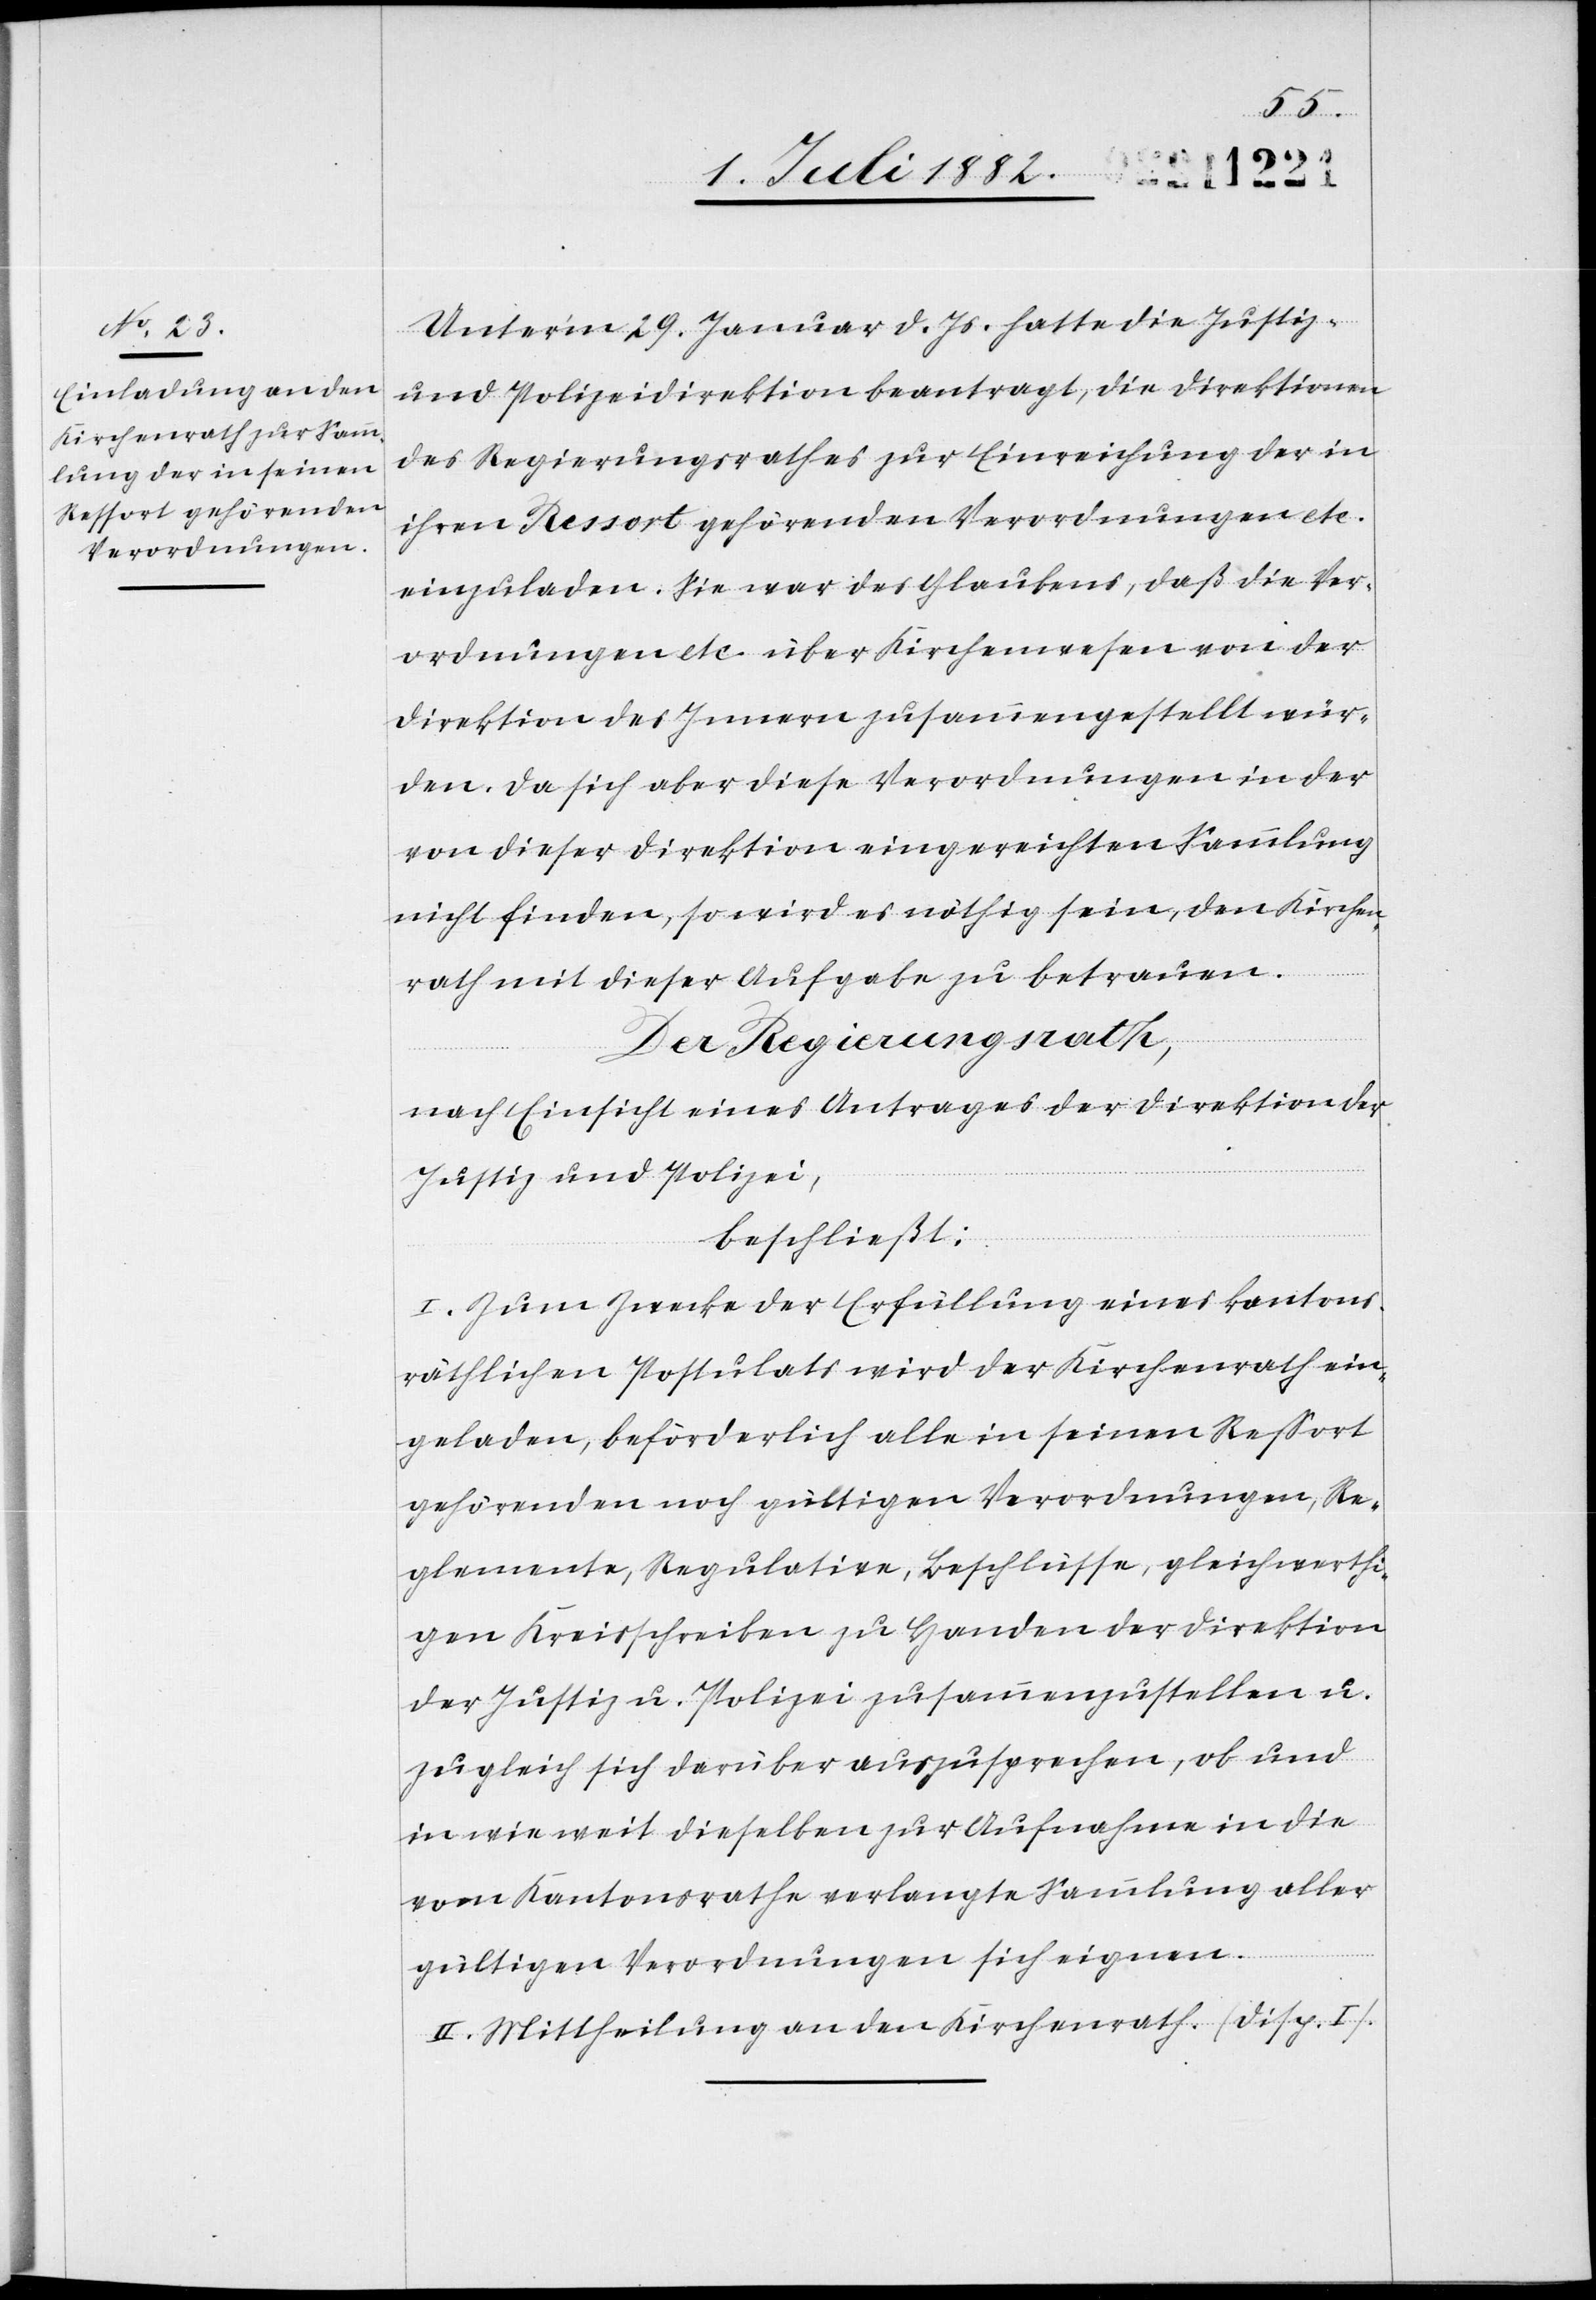
Unter’m 29. Januar d. Js. hatte die Justiz-
& Polizeidirektion beantragt, die Direktionen
des Regierungsrathes zur Einreichung der in
ihren Ressort gehörenden Verordnungen etc.
einzuladen. Sie war des Glaubens, daß die Ver¬
ordnungen etc. über Kirchenwesen von der
Direktion des Innern zusammengestellt wür¬
den. Da sich aber diese Verordnungen in der
von dieser Direktion eingereichten Sammlung
nicht finden, so wird es nöthig sein, den Kirchen¬
rath mit dieser Aufgabe zu betrauen.
Der Regierungsrath,
nach Einsicht eines Antrages der Direktion der
Justiz & Polizei,
beschließt:
I. Zum Zwecke der Erfüllung eines kantons¬
räthlichen Postulats wird der Kirchenrath ein¬
geladen, beförderlich alle in seinen Ressort
gehörenden noch gültigen Verordnungen, Re¬
glemente, Regulative, Beschlüsse, gleichwerthi¬
gen Kreisschreiben zu Handen der Direktion
der Justiz & Polizei zusammenzustellen u.
zugleich sich darüber auszusprechen, ob und
in wie weit dieselben zur Aufnahme in die
vom Kantonsrathe verlangte Sammlung aller
gültigen Verordnungen sich eignen.
II. Mittheilung an den Kirchenrath. (Disp I.)